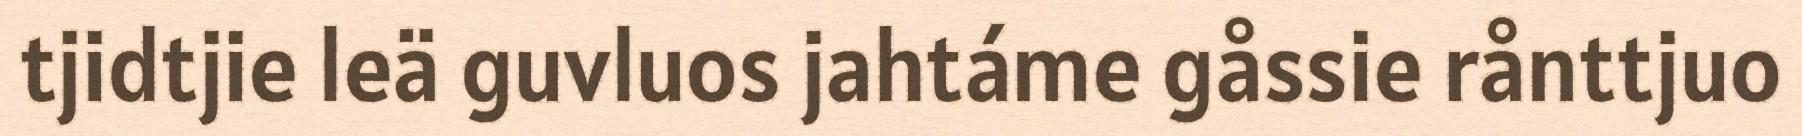
tjidtjie leä guvluos jahtáme gåssie rånttjuo